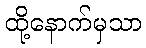
ထို့နောက်မှသာ